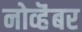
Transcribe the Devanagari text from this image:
नोव्हॆंबर